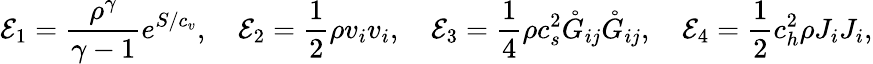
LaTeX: \mathcal{E}_{1}=\frac{\rho^{\gamma}}{\gamma-1}e^{S/c_{v}},\quad\mathcal{E}_{2}=\frac{1}{2}\rho v_{i}v_{i},\quad\mathcal{E}_{3}=\frac{1}{4}\rho c_{s}^{2}\mathring{G}_{ij}\mathring{G}_{ij},\quad\mathcal{E}_{4}=\frac{1}{2}c_{h}^{2}\rho J_{i}J_{i},